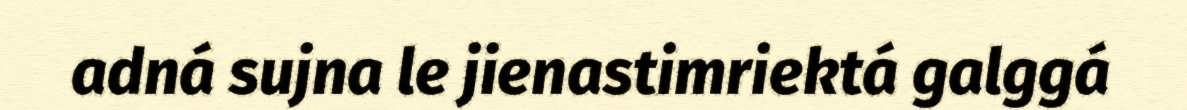
adná sujna le jienastimriektá galggá